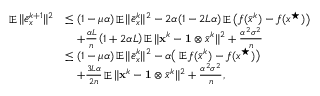
\begin{array} { r l } { \mathop { \mathbb { E } } \| \bar { e } _ { x } ^ { k + 1 } \| ^ { 2 } } & { \leq ( 1 - \mu \alpha ) \mathop { \mathbb { E } } \| \bar { e } _ { x } ^ { k } \| ^ { 2 } - 2 \alpha ( 1 - 2 L \alpha ) \mathop { \mathbb { E } } \big ( f ( \bar { x } ^ { k } ) - f ( x ^ { \star } ) \big ) } \\ & { \quad + \frac { \alpha L } { n } \left( 1 + 2 \alpha L \right) \mathop { \mathbb { E } } \| { \mathbf { x } } ^ { k } - \mathbf { 1 } \otimes \bar { x } ^ { k } \| ^ { 2 } + \frac { \alpha ^ { 2 } \sigma ^ { 2 } } { n } } \\ & { \leq ( 1 - \mu \alpha ) \mathop { \mathbb { E } } \| \bar { e } _ { x } ^ { k } \| ^ { 2 } - \alpha \big ( \mathop { \mathbb { E } } f ( \bar { x } ^ { k } ) - f ( x ^ { \star } ) \big ) } \\ & { \quad + \frac { 3 L \alpha } { 2 n } \mathop { \mathbb { E } } \| { \mathbf { x } } ^ { k } - \mathbf { 1 } \otimes \bar { x } ^ { k } \| ^ { 2 } + \frac { \alpha ^ { 2 } \sigma ^ { 2 } } { n } , } \end{array}